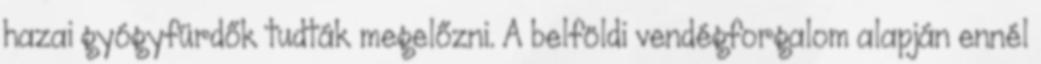
hazai gyógyfürdők tudták megelőzni. A belföldi vendégforgalom alapján ennél